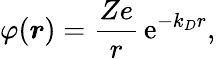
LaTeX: \varphi(\boldsymbol{r})=\frac{Ze}{r}\, \mathrm{e}^{-k_{D}r},